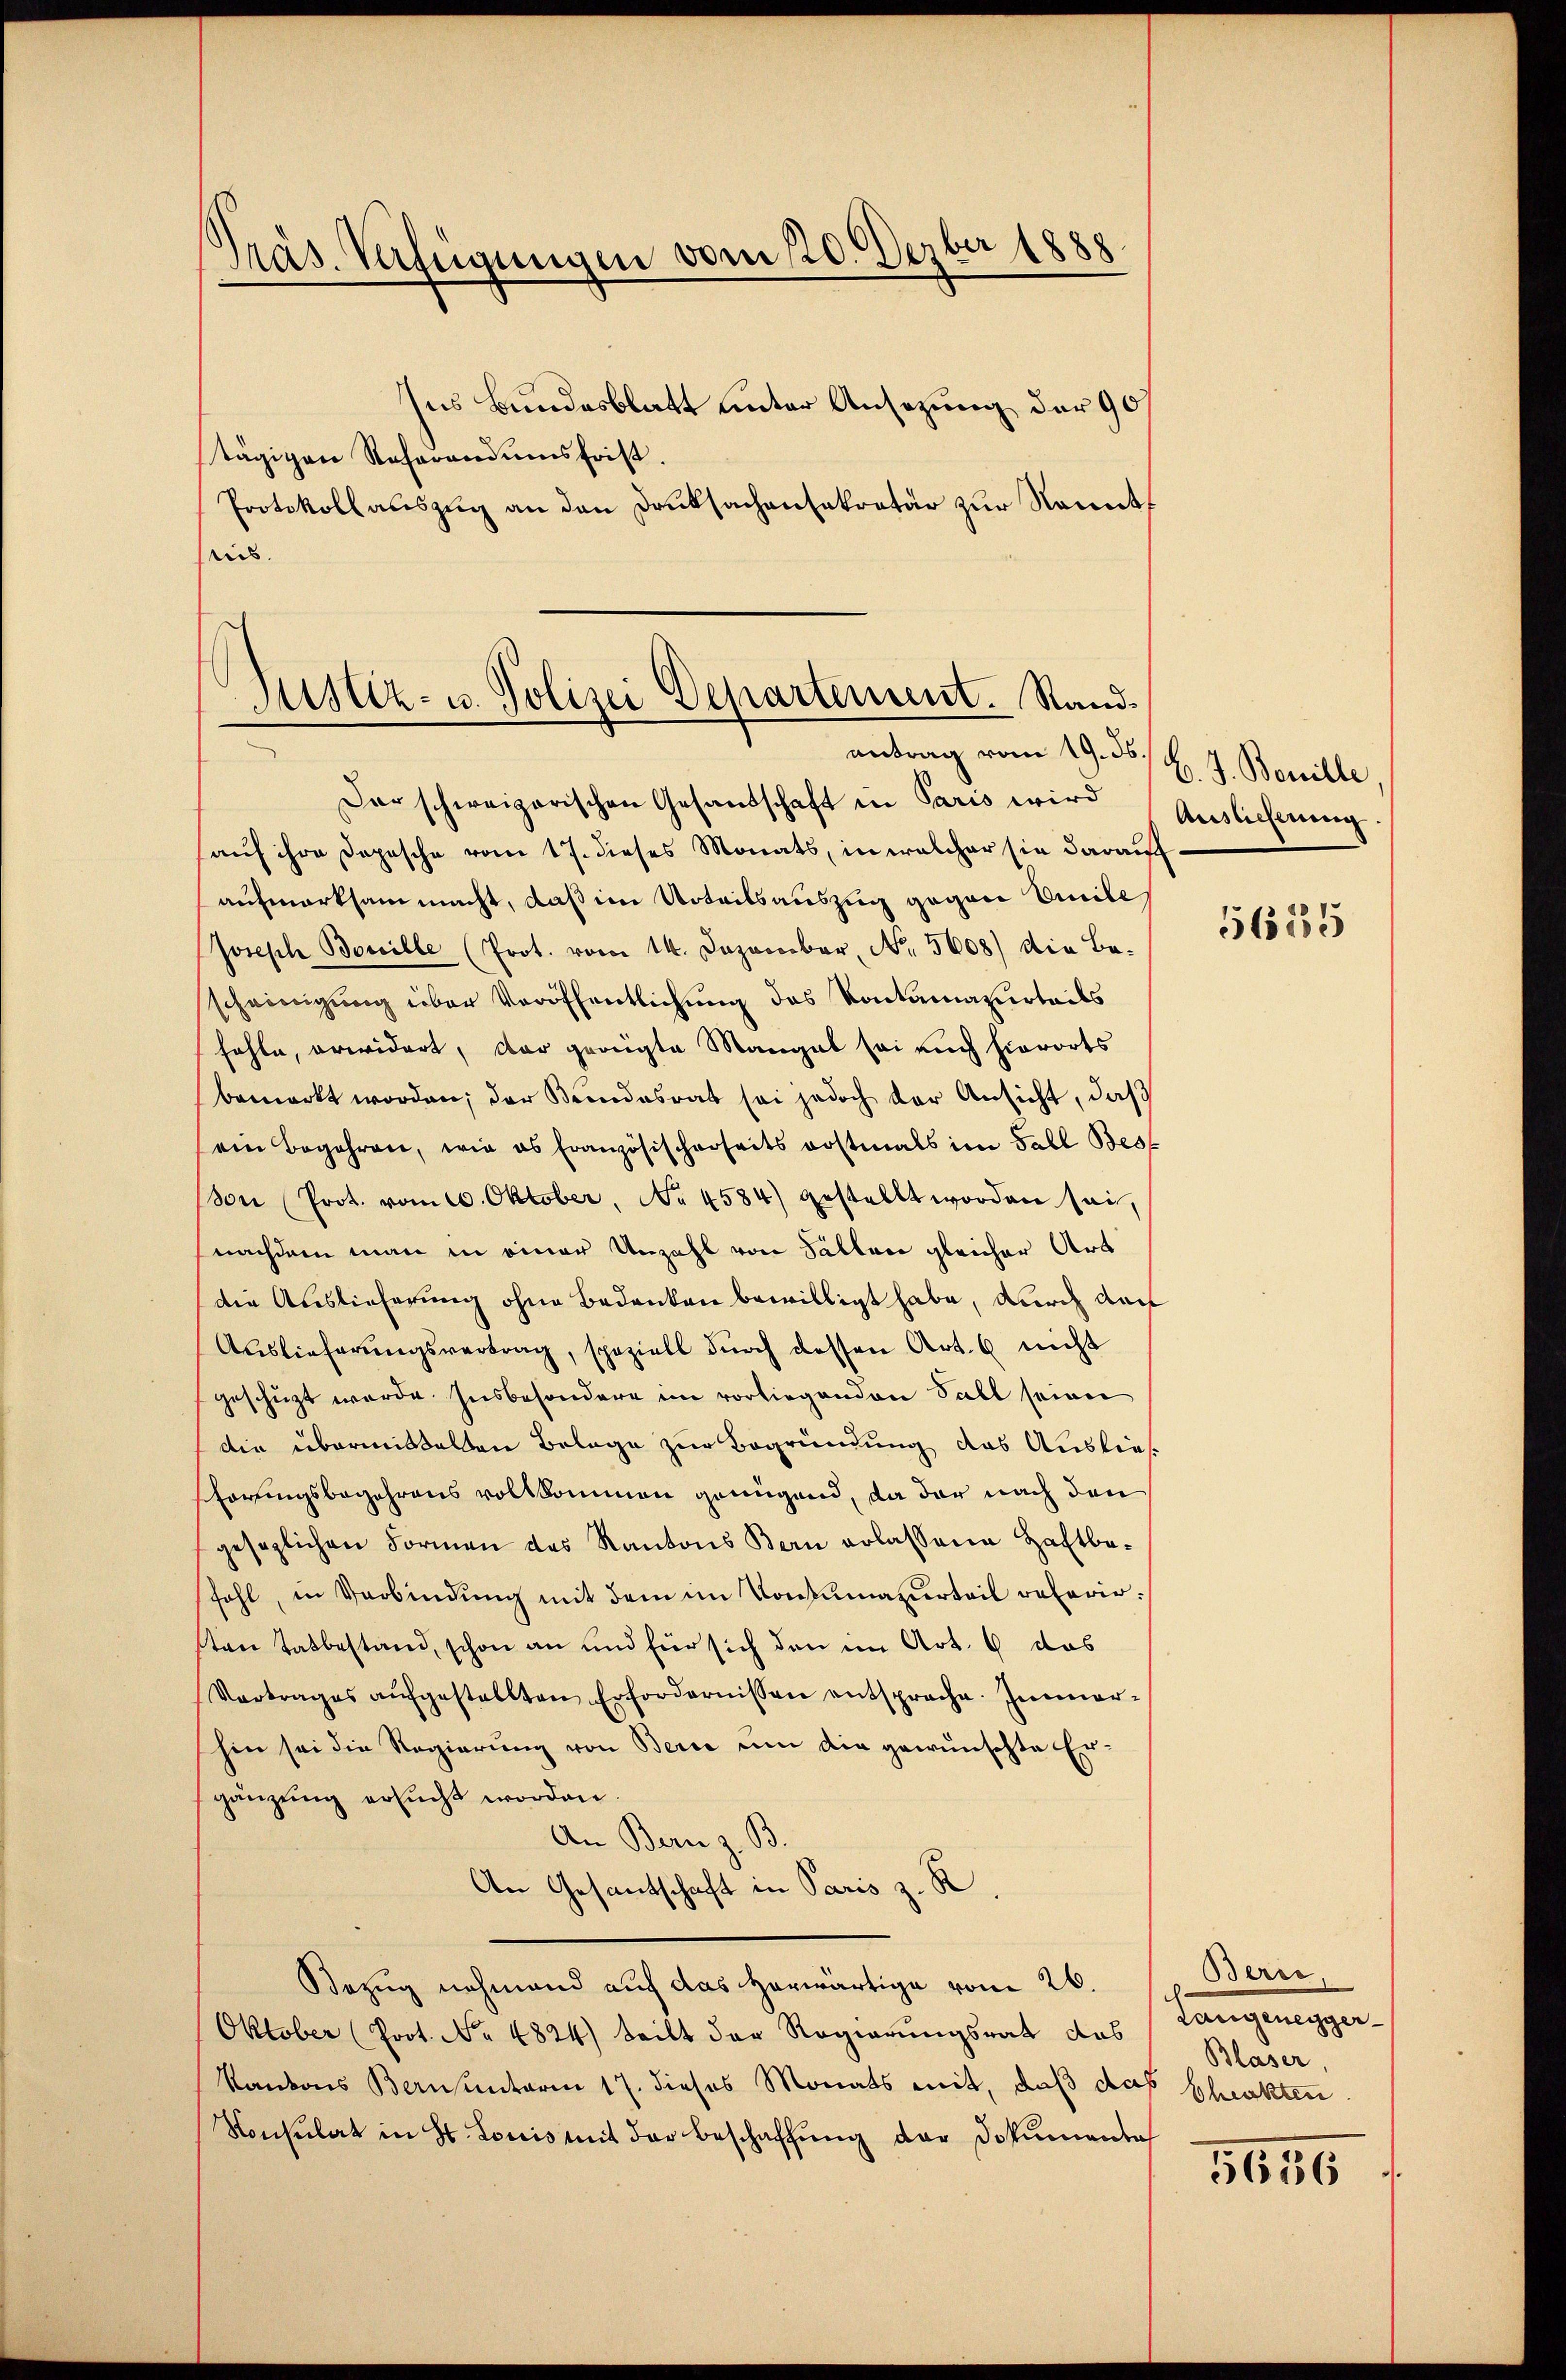
Präs. Verfügungen vom 20. Dezber 1888

ses Bundesblatt unter Ansezung der 90
tägigen Referandumsfrist.
Protokoll auszug an den Druksachensekretär zur Kenntuis.

Justiz- u. Polizei Departement. Randantrag vom 19. 55/ k. J. Bewille

Dar schweizerischen Gesandschaft in Paris wird Auslicheng
aŭf ihre Dopesche vom 17. dieses Monats, in welcher sie darauf
aufmerksam macht, daß im Urteilsauszug gegen Emile
Joseph Bouille (Prot. vom 14. Dezember, No. 5608) die Be-
scheinigung über Veröffentlichung das Kontumazurteils
fahle, erwidert, der geeigte Mangel sei auch hierorts
bemerkt worden; der Bundesrat sei jedoch der Ansicht, daß
ein Begehren, wie es französischerheits erstmals im Fall Best
(von Prot. vom 10. Oktober, No 4584) gestellt worden sei,
nachdem man in einer Anzahl von Fällen gleicher Art
(die Auslieferung ohne Bedanken bewilligt habe, durch das
Auslieferungsvertrag, speziell durch dessen Art. 6 nicht
geschüzt werde. Insbesondere im vorliegenden Fall seien
die übermittelten Belage zur Begründung das Auslief
schörungsbegehrens vollkommen genügend, da der nach den
gesezlichen Formen des Kantons Bern erlassene Haftbefohl, in Verbindung mit dem im Konsumazurteil referirsten Tatbestand, schon an und für sich den im Art. 6 das
Vertrages aŭfgestellten Erfordernissen entsprache. Immer-
hin sei die Regierung von Berie um die gewünschte Er-
gänzung ersŭcht worden.
An Bern z. B.
An Gesandschaft in Paris z. R.
Bezug nehmend auf das herwärtige vom 26.
Oktober (Prot. No 4824) teilt der Regierungsrat das
Kantons Bernsunterin 17. dieses Monats mit, daß das schickten
Konsulat in St. Louis mit der Beschaffŭng der Dokumente

5655

Berei,
Langungen.
Blaser,

5656